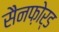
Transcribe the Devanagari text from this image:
सैनफ़ोर्ड